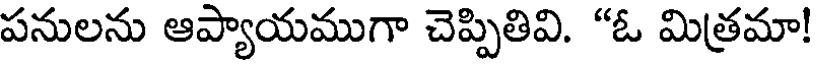
పనులను ఆప్యాయముగా చెప్పితివి. "ఓ మిత్రమా!